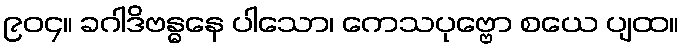
၉၀၄။ ခဂါဒိဗန္ဓနေ ပါသော၊ ကေသပုဗ္ဗော စယေ ပျထ။